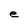
Character: e